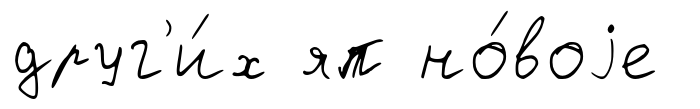
друг'и́х яп но́воjе